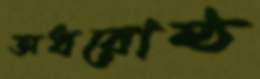
অধরোষ্ঠ